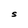
Character: S